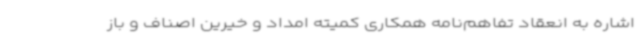
اشاره به انعقاد تفاهم‌نامه همکاری کمیته امداد و خیرین اصناف و باز